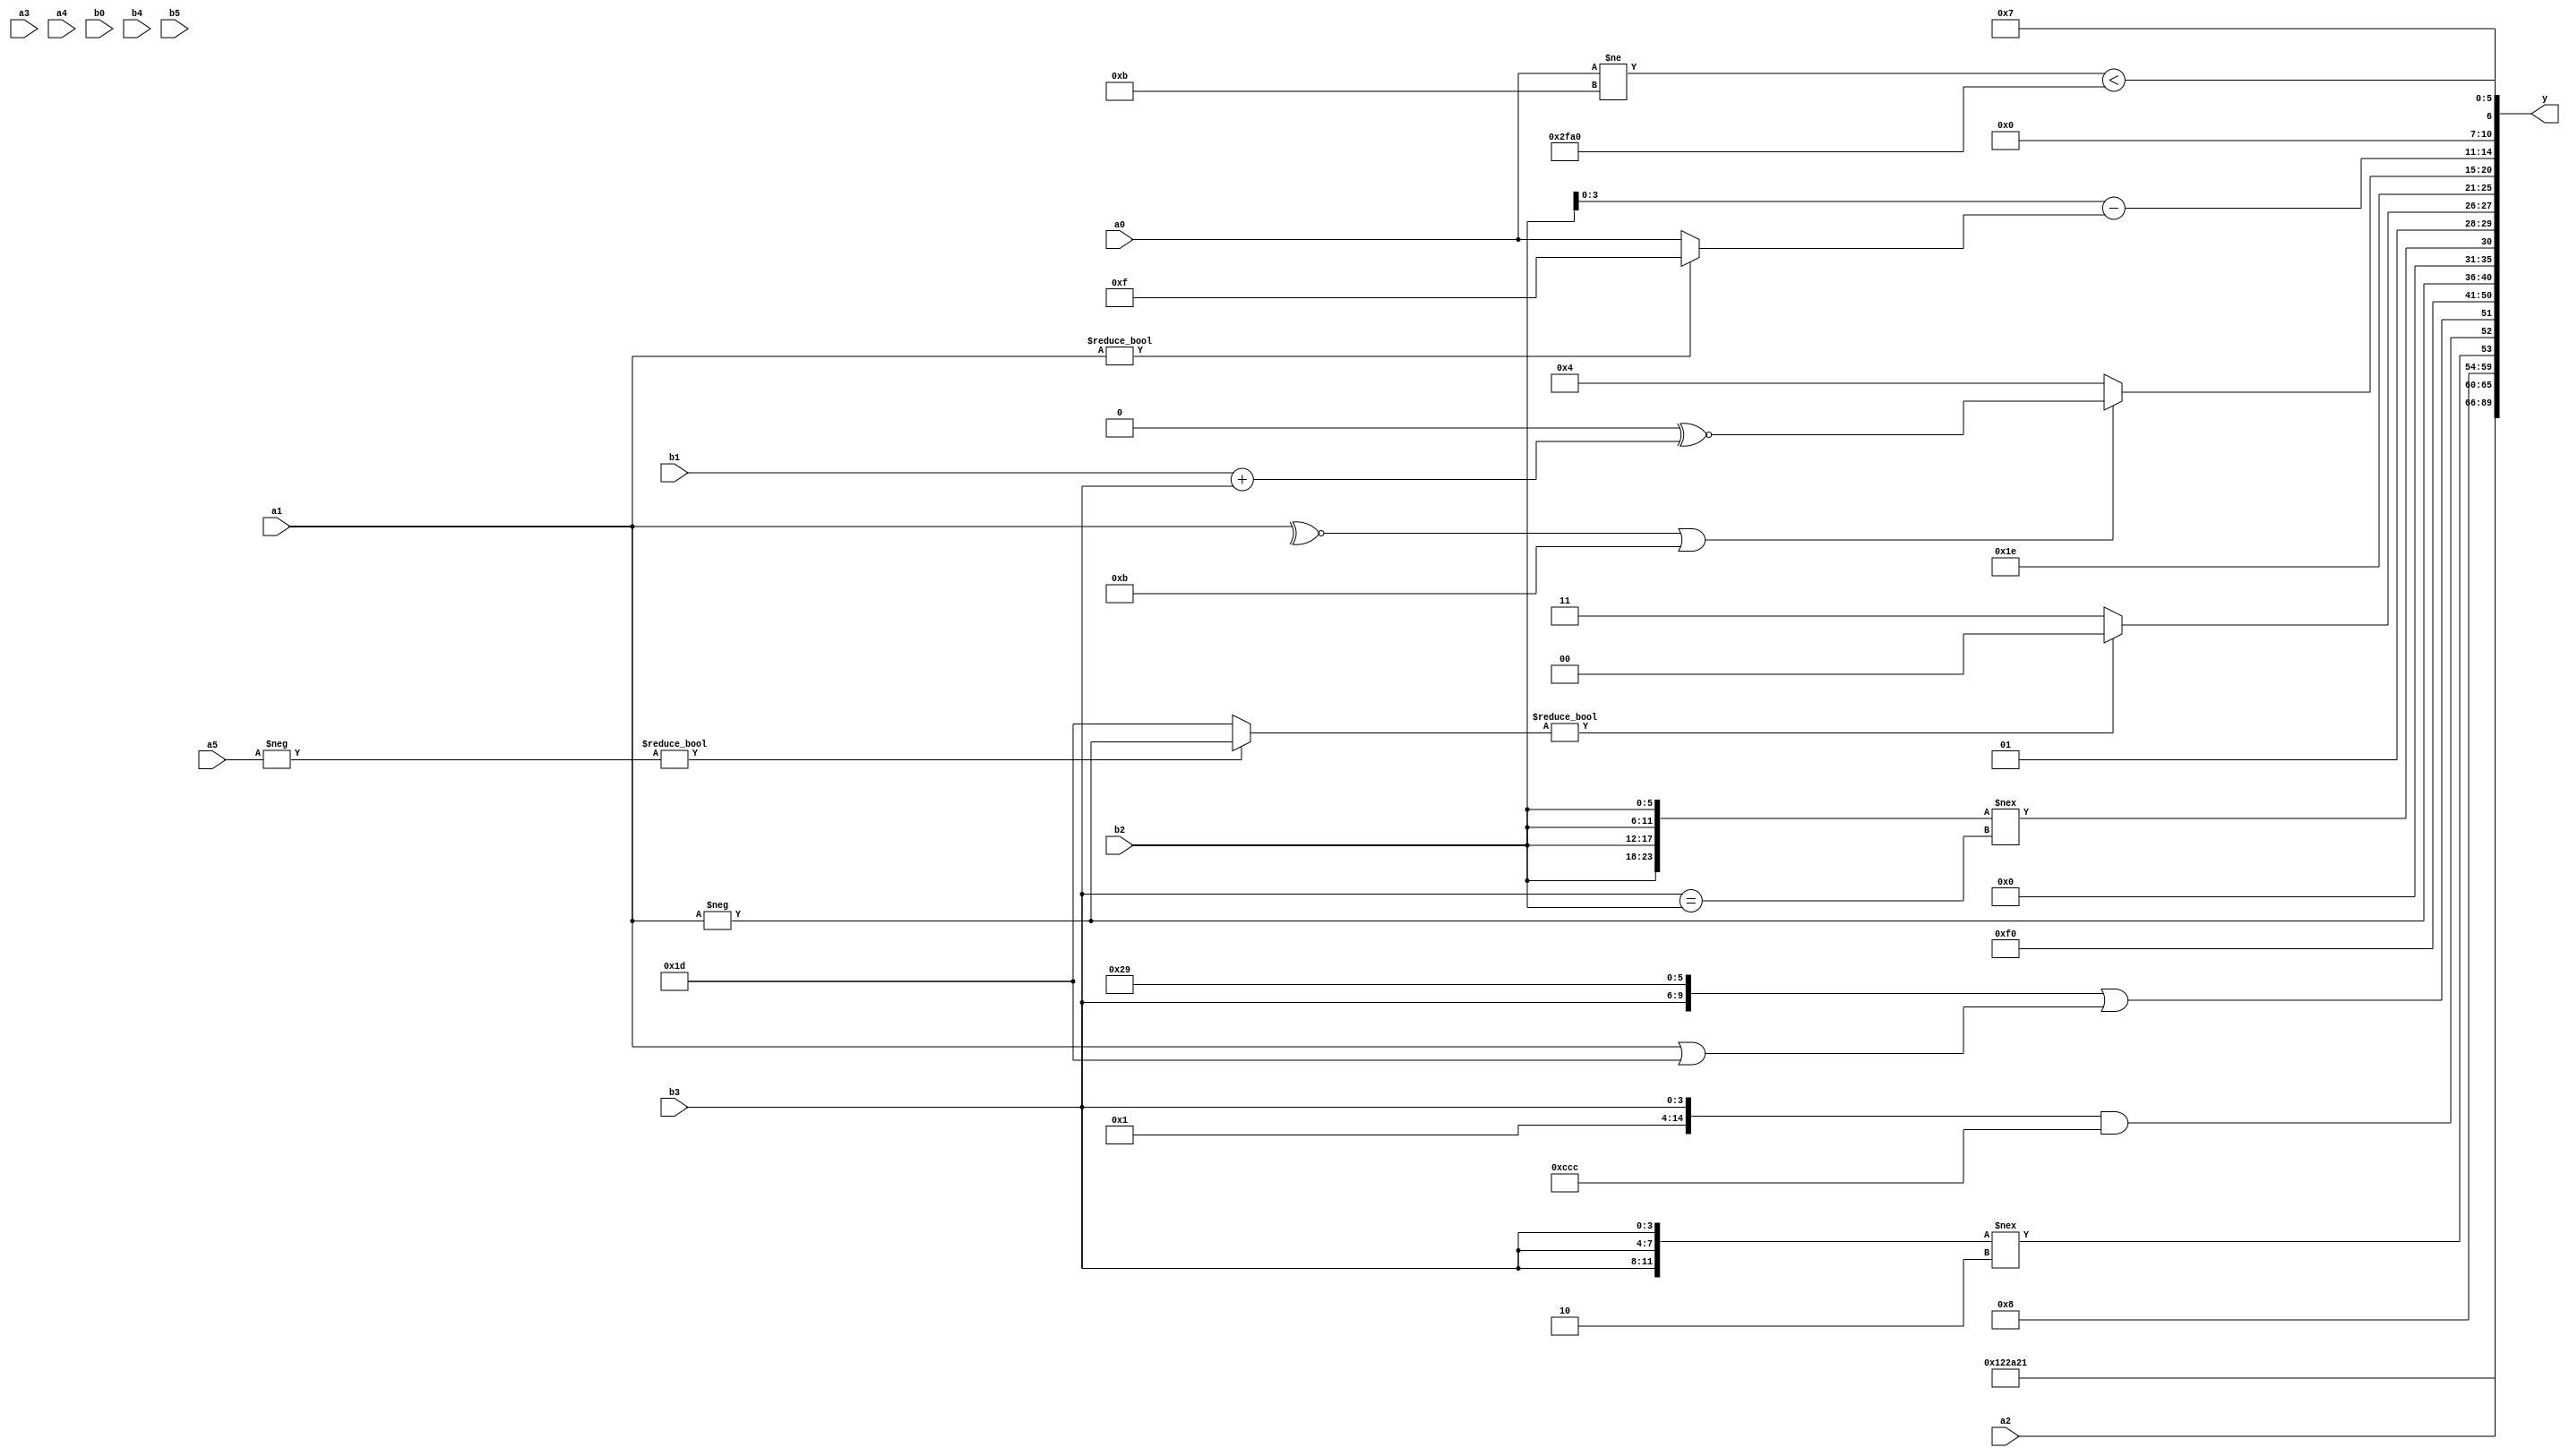
module expression_00887(a0, a1, a2, a3, a4, a5, b0, b1, b2, b3, b4, b5, y);
  input [3:0] a0;
  input [4:0] a1;
  input [5:0] a2;
  input signed [3:0] a3;
  input signed [4:0] a4;
  input signed [5:0] a5;

  input [3:0] b0;
  input [4:0] b1;
  input [5:0] b2;
  input signed [3:0] b3;
  input signed [4:0] b4;
  input signed [5:0] b5;

  wire [3:0] y0;
  wire [4:0] y1;
  wire [5:0] y2;
  wire signed [3:0] y3;
  wire signed [4:0] y4;
  wire signed [5:0] y5;
  wire [3:0] y6;
  wire [4:0] y7;
  wire [5:0] y8;
  wire signed [3:0] y9;
  wire signed [4:0] y10;
  wire signed [5:0] y11;
  wire [3:0] y12;
  wire [4:0] y13;
  wire [5:0] y14;
  wire signed [3:0] y15;
  wire signed [4:0] y16;
  wire signed [5:0] y17;

  output [89:0] y;
  assign y = {y0,y1,y2,y3,y4,y5,y6,y7,y8,y9,y10,y11,y12,y13,y14,y15,y16,y17};

  localparam [3:0] p0 = (4'd2);
  localparam [4:0] p1 = ((~|((^(-2'sd0))^~((4'sd5)?(-4'sd5):(5'd16))))^~(4'sd2));
  localparam [5:0] p2 = ({(-((3'd2)|(5'sd12))),{4{(2'd2)}}}>({(3'd7),(5'sd15),(-3'sd1)}==(~^{(5'd6),(-4'sd3)})));
  localparam signed [3:0] p3 = (~(&(~^(&(+(~&(5'd27)))))));
  localparam signed [4:0] p4 = ((^(+((&{2{(3'd2)}})||(~((3'd6)-(3'sd2))))))&{3{(~((4'd5)===(2'sd0)))}});
  localparam signed [5:0] p5 = ({(~(5'sd7)),{(4'd9),(2'sd0),(2'd3)}}?{(+(3'sd3)),((2'd2)>>>(3'sd0))}:({(3'd3),(-3'sd0)}?((5'd24)?(-5'sd15):(-4'sd0)):(4'd10)));
  localparam [3:0] p6 = {4{{4{(4'd12)}}}};
  localparam [4:0] p7 = {3{{3{(5'd21)}}}};
  localparam [5:0] p8 = (4'd2 * {4{(2'd2)}});
  localparam signed [3:0] p9 = (+(-4'sd5));
  localparam signed [4:0] p10 = ({1{({(5'd0),(2'd3),(-5'sd1)}?(-(3'd4)):{(5'sd1),(3'd2)})}}+{((4'sd0)^(3'sd2)),((2'd3)&(-4'sd6)),((2'd3)?(5'd9):(4'd6))});
  localparam signed [5:0] p11 = ((~|(~&(-4'sd6)))!=={4{(3'sd0)}});
  localparam [3:0] p12 = {(2'd1)};
  localparam [4:0] p13 = {3{((5'd29)===(4'd1))}};
  localparam [5:0] p14 = (({4{(4'd1)}}^~(4'd4))&{4{(~|(2'd2))}});
  localparam signed [3:0] p15 = (~(|(&(+(+(^(~&(~&(|(!(+(~(~^(~(5'sd0)))))))))))))));
  localparam signed [4:0] p16 = (!((5'd17)&{{(2'd2),(3'd1)}}));
  localparam signed [5:0] p17 = ({(4'd3)}?{(2'd2),(-4'sd7)}:((4'd9)==(4'd6)));

  assign y0 = (+(|(~^((~|{(~^{p8}),(b4!==a3)})&&(+(|(!(~^{p4,p10}))))))));
  assign y1 = {{({a3,p2,p15}?(&b3):(!p3)),(4'd9),(2'sd0)}};
  assign y2 = {1{{2{(4'sd5)}}}};
  assign y3 = ({1{{p10}}}&&(p15&p9));
  assign y4 = (~&((p14&&p17)<<<(~&p10)));
  assign y5 = {2{{4{a2}}}};
  assign y6 = (p15-p1);
  assign y7 = {({3{b3}}!==(2'd2)),({p13,p2,b3}&&{3{p6}}),({b3,p17}||(a1|p1))};
  assign y8 = ((p6?p13:p8)^(p10?p15:p15));
  assign y9 = (&{2{{b0,a2,p8}}});
  assign y10 = {3{{1{(-{4{a1}})}}}};
  assign y11 = ({4{b2}}!==(b3==b2));
  assign y12 = (((-a5)?(-a1):(p1))?{(p0&p0),(&{a4,p1})}:$signed((~{3{(~&p3)}})));
  assign y13 = (-(2'd2));
  assign y14 = (((~^a1)||(p11?p8:p9))?((3'sd0)^~(b1+b3)):(3'd4));
  assign y15 = {4{((b2)-(a1?p3:a0))}};
  assign y16 = ((a0!=p9)<{p9,p1,p16});
  assign y17 = (5'sd7);
endmodule